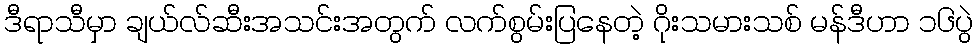
ဒီရာသီမှာ ချယ်လ်ဆီးအသင်းအတွက် လက်စွမ်းပြနေတဲ့ ဂိုးသမားသစ် မန်ဒီဟာ ၁၆ပွဲ